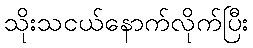
သိုးသငယ်နောက်လိုက်ပြီး